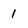
Character: 1